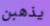
يذهبن